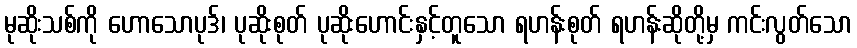
မုဆိုးသစ်ကို ဟောသောပုဒ်၊ ပုဆိုးစုတ် ပုဆိုးဟောင်းနှင့်တူသော ရဟန်းစုတ် ရဟန်းဆိုတို့မှ ကင်းလွတ်သော